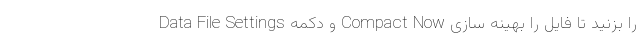
Data File Settings و دکمه Compact Now را بزنید تا فایل را بهینه سازی